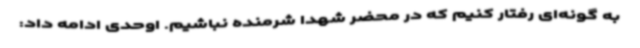
به گونه‌ای رفتار کنیم که در محضر شهدا شرمنده نباشیم. اوحدی ادامه داد: